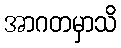
အာဂတမှာသိ